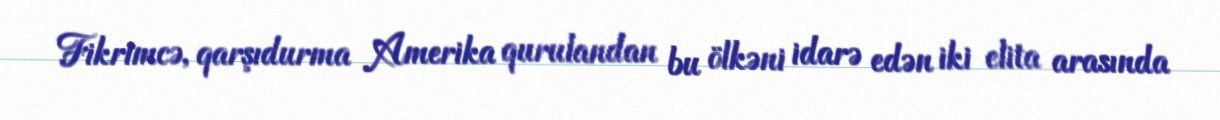
Fikrimcə, qarşıdurma Amerika qurulandan bu ölkəni idarə edən iki elita arasında